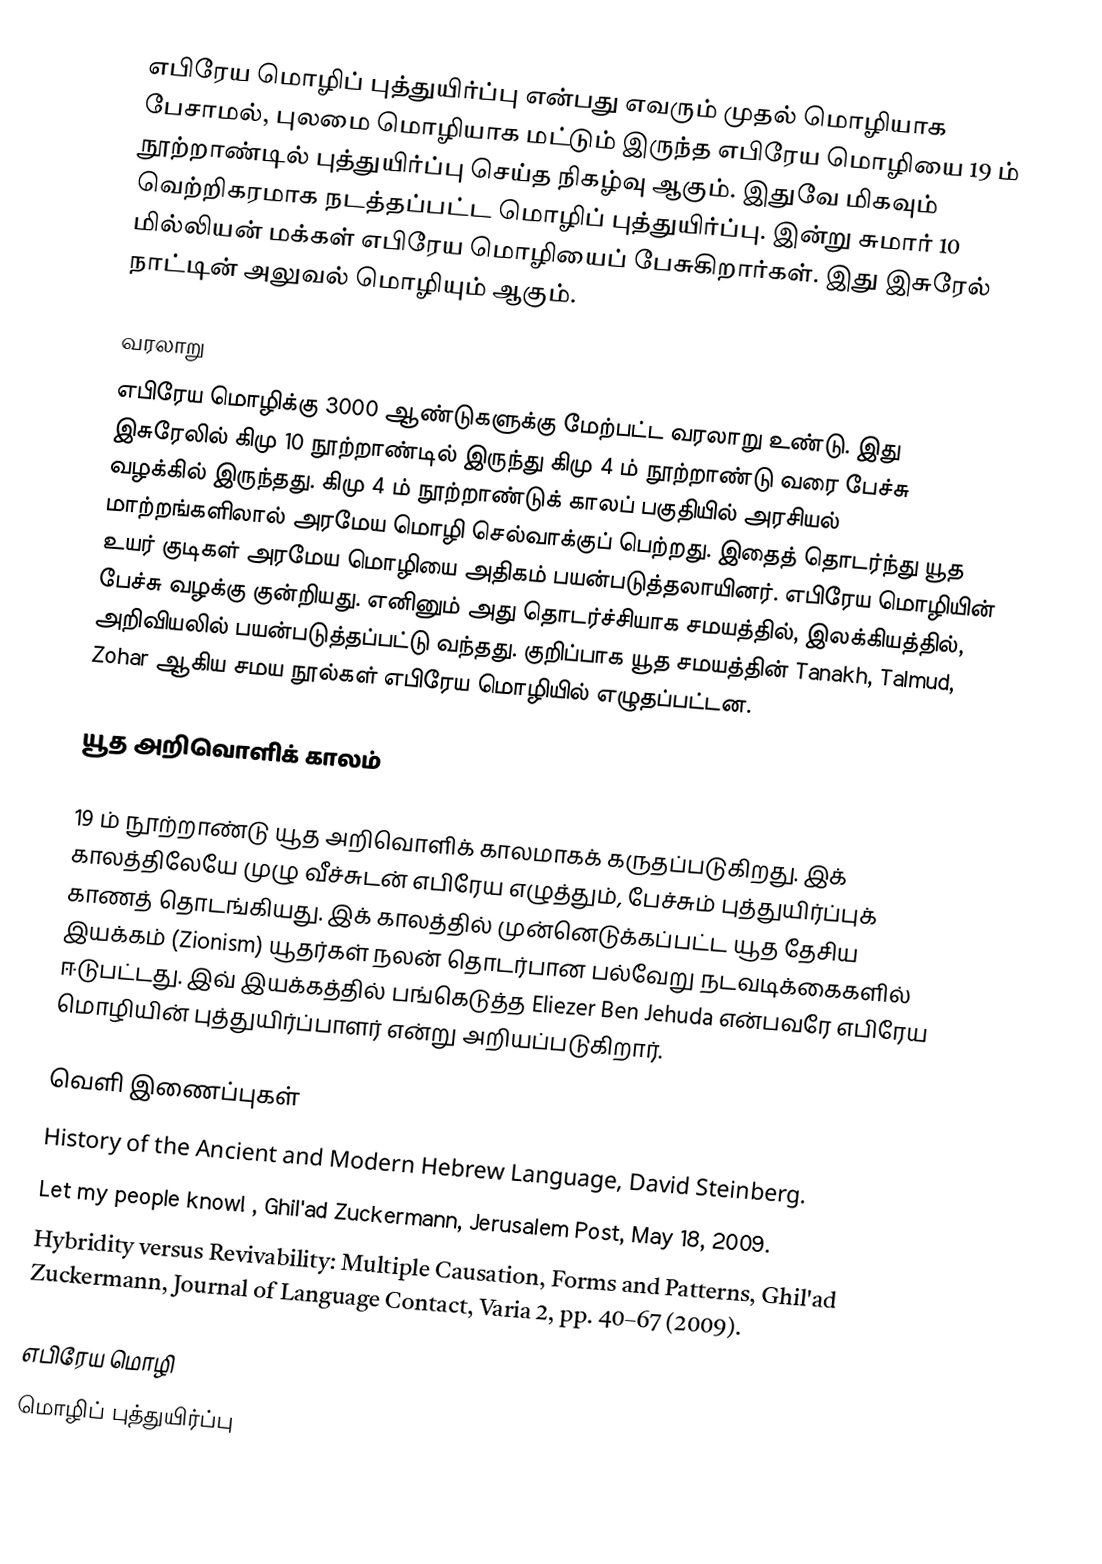
எபிரேய மொழிப் புத்துயிர்ப்பு என்பது எவரும் முதல் மொழியாக பேசாமல், புலமை மொழியாக மட்டும் இருந்த எபிரேய மொழியை 19 ம் நூற்றாண்டில் புத்துயிர்ப்பு செய்த நிகழ்வு ஆகும். இதுவே மிகவும் வெற்றிகரமாக நடத்தப்பட்ட மொழிப் புத்துயிர்ப்பு. இன்று சுமார் 10 மில்லியன் மக்கள் எபிரேய மொழியைப் பேசுகிறார்கள். இது இசுரேல் நாட்டின் அலுவல் மொழியும் ஆகும்.

வரலாறு
எபிரேய மொழிக்கு 3000 ஆண்டுகளுக்கு மேற்பட்ட வரலாறு உண்டு. இது இசுரேலில் கிமு 10 நூற்றாண்டில் இருந்து கிமு 4 ம் நூற்றாண்டு வரை பேச்சு வழக்கில் இருந்தது. கிமு 4 ம் நூற்றாண்டுக் காலப் பகுதியில் அரசியல் மாற்றங்களிலால் அரமேய மொழி செல்வாக்குப் பெற்றது. இதைத் தொடர்ந்து யூத உயர் குடிகள் அரமேய மொழியை அதிகம் பயன்படுத்தலாயினர். எபிரேய மொழியின் பேச்சு வழக்கு குன்றியது. எனினும் அது தொடர்ச்சியாக சமயத்தில், இலக்கியத்தில், அறிவியலில் பயன்படுத்தப்பட்டு வந்தது. குறிப்பாக யூத சமயத்தின் Tanakh, Talmud, Zohar ஆகிய சமய நூல்கள் எபிரேய மொழியில் எழுதப்பட்டன.

யூத அறிவொளிக் காலம்

19 ம் நூற்றாண்டு யூத அறிவொளிக் காலமாகக் கருதப்படுகிறது. இக் காலத்திலேயே முழு வீச்சுடன் எபிரேய எழுத்தும், பேச்சும் புத்துயிர்ப்புக் காணத் தொடங்கியது. இக் காலத்தில் முன்னெடுக்கப்பட்ட யூத தேசிய இயக்கம் (Zionism) யூதர்கள் நலன் தொடர்பான பல்வேறு நடவடிக்கைகளில் ஈடுபட்டது. இவ் இயக்கத்தில் பங்கெடுத்த Eliezer Ben Jehuda என்பவரே எபிரேய மொழியின் புத்துயிர்ப்பாளர் என்று அறியப்படுகிறார்.

வெளி இணைப்புகள்
 History of the Ancient and Modern Hebrew Language, David Steinberg.
 Let my people know! , Ghil'ad Zuckermann, Jerusalem Post, May 18, 2009.
 Hybridity versus Revivability: Multiple Causation, Forms and Patterns, Ghil'ad Zuckermann, Journal of Language Contact, Varia 2, pp. 40–67 (2009).

எபிரேய மொழி
மொழிப் புத்துயிர்ப்பு